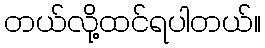
တယ်လို့ထင်ရပါတယ်။